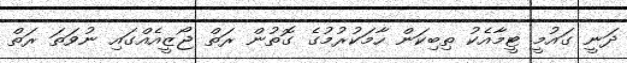
ދަނީ ގައުމީ ޓީމާއެކު ތިބިކަން ހާމަކުރުމުގެ ގޮތުން ރަތް ޖޯޒީއެއްގައި ނުވަތަ ރަތް